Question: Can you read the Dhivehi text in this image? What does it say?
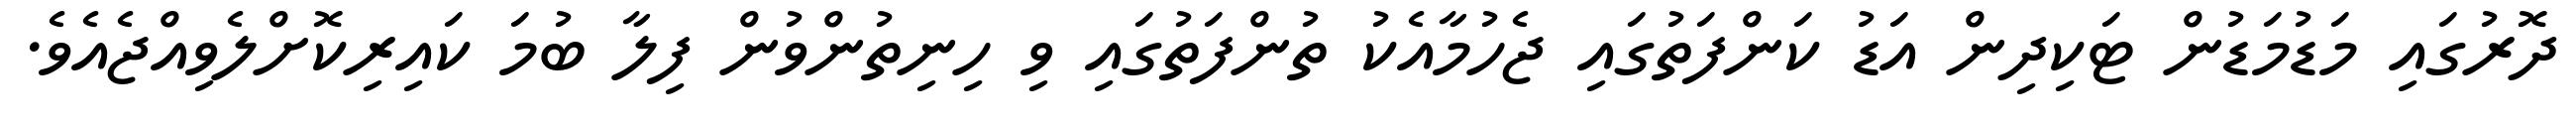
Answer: ދޮރުގައި މަޑުމަޑުން ޓަކިދިން އަޑު ކަންފަތުގައި ޖެހުމާއެކު ތުންފަތުގައި ވި ހިނިތުންވުން ފިލާ ބުމަ ކައިރިކޮށްލެވިއްޖެއެވެ.